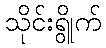
သိုင်းရွိုက်